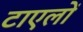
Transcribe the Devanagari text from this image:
टाएलों